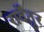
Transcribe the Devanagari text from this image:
रार्वेंतुर